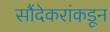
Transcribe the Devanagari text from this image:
सौंदेकरांकडून